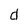
Character: d